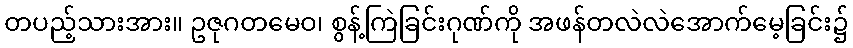
တပည့်သားအား။ ဥဇုဂတမေဝ၊ စွန့်ကြဲခြင်းဂုဏ်ကို အဖန်တလဲလဲအောက်မေ့ခြင်း၌